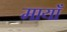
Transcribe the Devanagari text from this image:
मायाँ